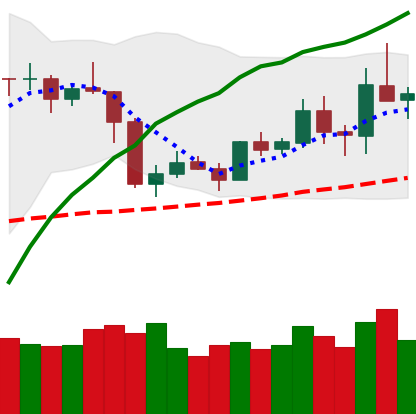
Ticker: ETH-USD
Chart end date: 2019-05-08
Forward return: 15.15%
Label: up_7plus